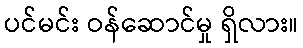
ပင်မင်း ဝန်ဆောင်မှု ရှိလား။